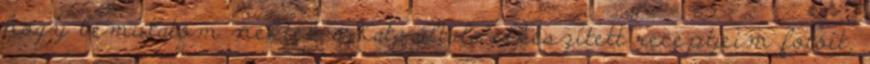
hogy bemutatom nektek a Kata általa elkészített receptjeim fotóit,